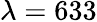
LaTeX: \lambda=633